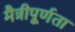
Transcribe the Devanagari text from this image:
मैत्रीपूर्णता